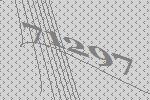
71297